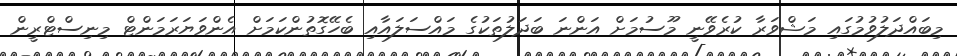
މިބައްދަލުވުމުގައި މަޝްވަރާ ކުރެވޭނީ މޫސުމަށް އަންނަ ބަދަލުތަކުގެ މައްސަލައާއި ބެހޭގޮތުންކަމަށް އެންވަޔަރަމަންޓް މިނިސްޓްރީން